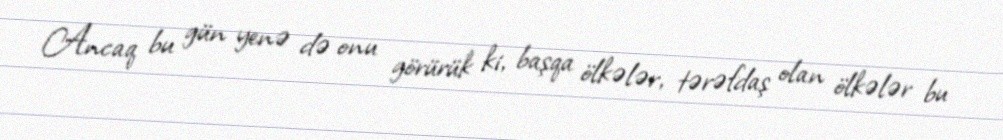
Ancaq bu gün yenə də onu görürük ki, başqa ölkələr, tərəfdaş olan ölkələr bu